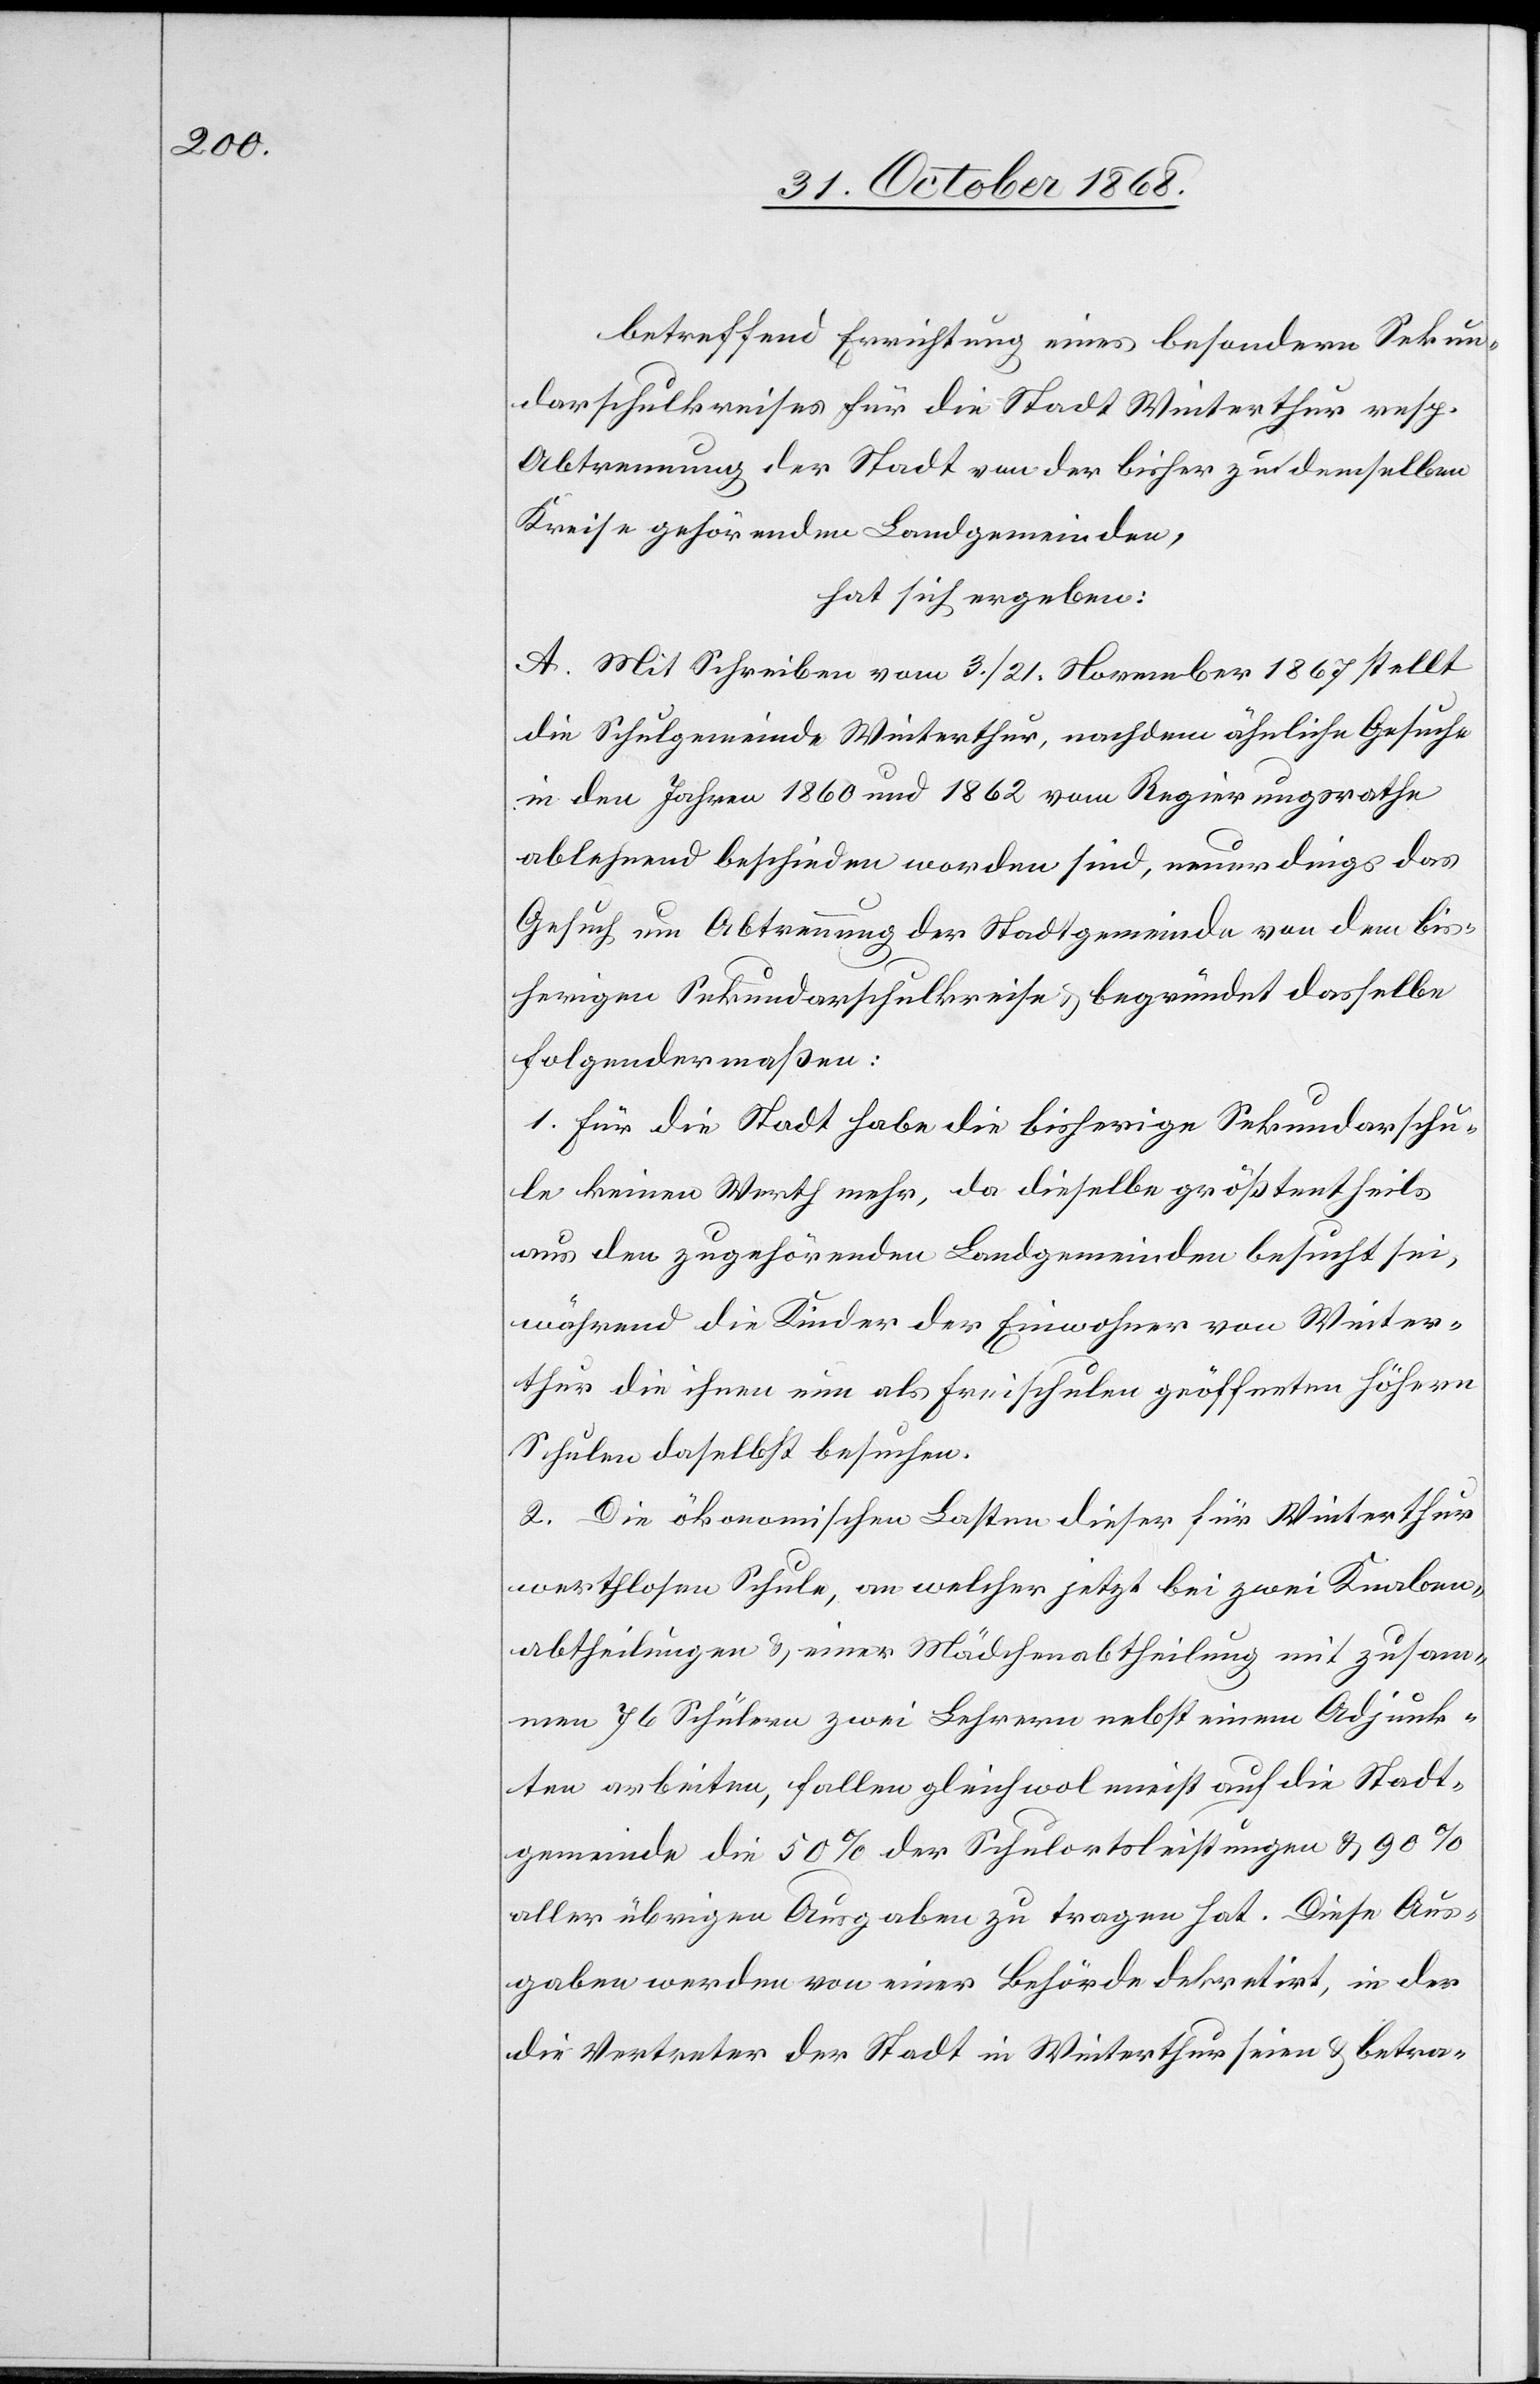
betreffend Errichtung eines besondern Sekun¬
darschulkreises für die Stadt Winterthur resp.
Abtrennung der Stadt von der [recte: den] bisher zu demselben
Kreise gehörenden Landgemeinden,
hat sich ergeben:
A. Mit Schreiben vom 3./21. November 1867 stellt
die Schulgemeinde Winterthur, nachdem ähnliche Gesuche
in den Jahren 1860 und 1862 vom Regierungsrathe
ablehnend beschieden worden sind, neuerdings das
Gesuch um Abtrennung der Stadtgemeinde von dem bis¬
herigen Sekundarschulkreise & begründet dasselbe
folgendermaßen:
1. Für die Stadt habe die bisherige Sekundarschu¬
le keinen Werth mehr, da dieselbe größtentheils
aus den zugehörenden Landgemeinden besucht sei,
während die Kinder der Einwohner von Winter¬
thur die ihnen nun als Freischulen geöffneten höhern
Schulen daselbst besuchen.
2. Die ökonomischen Lasten dieser für Winterthur
werthlosen Schule, an welcher jetzt bei zwei Knaben¬
abtheilungen & einer Mädchenabtheilung mit zusam¬
men 76 Schülern zwei Lehrern [sic!] nebst einem Adjunk¬
ten arbeiten, fallen gleichwol meist auf die Stadt¬
gemeinde die 50% der Schulortsleistungen & 90%
aller übrigen Ausgaben zu tragen hat. Diese Aus¬
gaben werden von einer Behörde dekretirt, in der
die Vertreter der Stadt in Winterthur seien & betra-